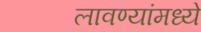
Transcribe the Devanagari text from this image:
लावण्यांमध्ये